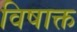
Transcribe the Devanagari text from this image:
विषाक्त